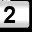
Digit: 2